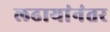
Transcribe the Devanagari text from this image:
लढायांनंतर